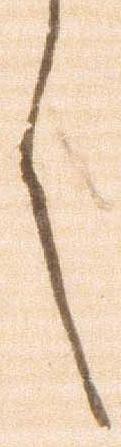
言